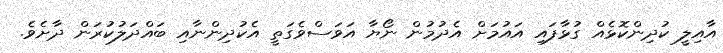
އާއިލީ ކުދިންކޮޅެއް ގުޅާފައި އައުމަށް އެދުމުން ނޯޔާ އަވަސްވެގަތީ އެކުދިންނާއި ބައްދަލުކުރަން ދާށެވެ.